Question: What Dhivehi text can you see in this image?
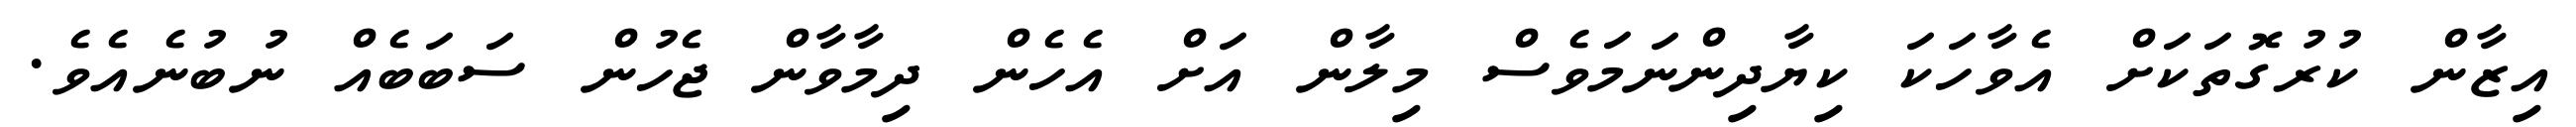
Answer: އިޒާން ކުރުގޮތަކަށް އެވާހަކަ ކިޔާދިންނަމަވެސް މިލާން އަށް އެހެން ދިމާވާން ޖެހުން ސަބަބެއް ނުބުނެއެވެ.